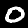
Digit: 0